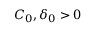
C _ { 0 } , \delta _ { 0 } > 0